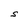
Character: S